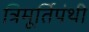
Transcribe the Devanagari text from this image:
त्रिमूर्तिपंथी